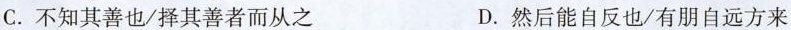
C.不知其\underset{·}{善}也/择其\underset{·}{善}者而从之 D.然后能\underset{·}{}自反也/有朋\underset{·}{自}远方来